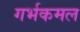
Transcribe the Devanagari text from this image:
गर्भकमल